Vaccine operations Central Provinces 1886-1899 - 1886-1899
Year: 1886
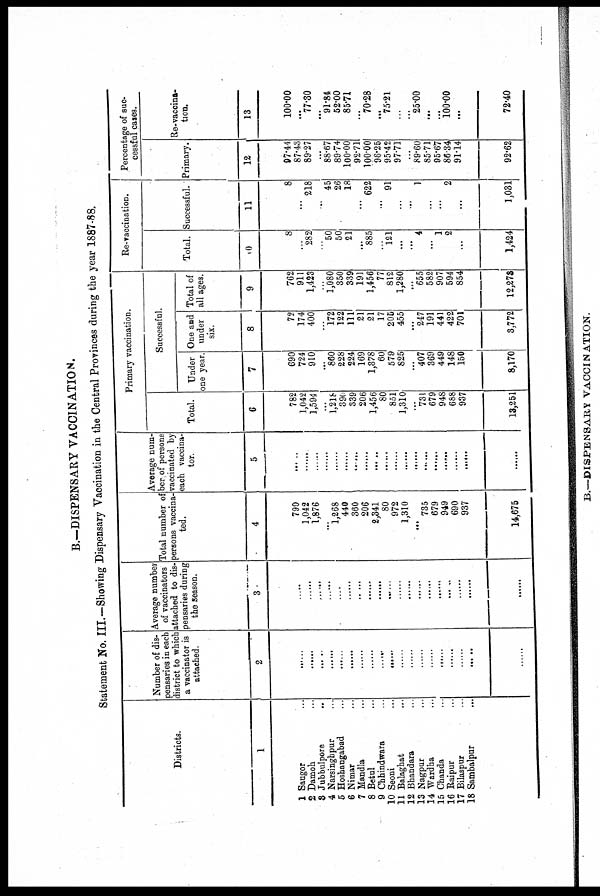
B.—DISPENSARY VACCINATION.
Statement No. III.—Showing Dispensary Vaccination in the Central Provinces during the year 1887-88.
Districts.
1
1
2
3
4
5
6
7
8
9
10
11
12
13
14
15
16
17
18
Saugor ...
Damoh ...
Jubbulpore ...
Narsinghpur ...
Hoshangabad ...
Nimar ...
Mandla ...
Betul ...
Chhindwara ...
Seoni ...
Balaghat ...
Bhandara ...
Nagpur ...
Wardha ...
Chanda ...
Raipur ...
Bilaspur ...
Sambalpur ...
Number of dis-
pensaries in each
district to which
a vaccinator is
attached.
2
......
......
......
......
......
......
......
......
......
......
......
......
......
......
......
......
......
......
......
Average number
of vaccinators
attached to dis-
pensaries during
the season.
3
......
......
......
......
......
......
......
......
......
......
......
......
......
......
......
......
......
......
......
Total number of
persons vaccina-
ted.
4
790
1,042
1,876
...
1,268
440
360
206
2,341
80
972
1,310
...
735
679
949
690
937
14,675
Average num-
ber of persons
vaccinated by
each vaccina-
tor.
5
......
......
......
......
......
......
......
......
......
......
......
......
......
......
......
......
......
......
......
Primary vaccination.
Total.
6
782
1,042
1,594
...
1,218
390
339
206
1,456
80
851
1,310
...
731
679
948
688
937
13,251
Successful.
Under
one year
7
690
724
910
...
860
228
224
169
1,378
60
579
825
...
407
369
449
148
150
8,170
One and
under
six.
8
72
174
400
...
172
122
111
21
21
17
205
455
...
247
191
441
422
701
3,772
Total of
all ages.
9
762
911
1,423
...
1,080
350
339
191
1,456
77
812
1,280
...
655
582
907
594
854
12,273
Re-vaccination.
Total.
10
8
...
282
...
50
50
21
...
885
...
121
...
...
4
...
1
2
...
1,424
Successful.
11
8
...
218
...
45
26
18
...
622
...
91
...
...
1
...
...
2
...
1,031
Percentage of suc-
cessful cases.
Primary.
12
97.44
87.43
89.27
...
88.67
89.74
100.00
92.71
100.00
96.25
95.42
97.71
...
89.60
85.71
95.67
86.34
91.14
92.62
Re-vaccina-
tion.
13
100.00
......
77.30
...
91.84
52.00
85.71
...
70.28
...
75.21
...
...
25.00
...
...
100.00
...
72.40